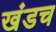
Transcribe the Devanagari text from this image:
खंडच